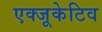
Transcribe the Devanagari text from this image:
एक्‍जूकेटिव